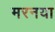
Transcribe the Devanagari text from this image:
मरनया